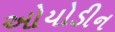
ઓયોડીન